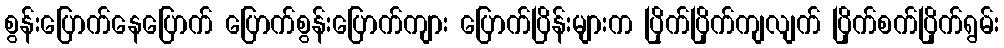
စွန်းပြောက်နေပြောက် ပြောက်စွန်းပြောက်ကျား ပြောက်ပြိန်းများက ပြိုက်ပြိုက်ကျလျက် ပြိုက်စက်ပြိုက်ရွမ်း